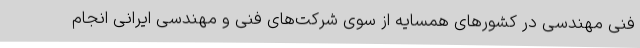
فنی مهندسی در کشورهای همسایه از سوی شرکت‌های فنی و مهندسی ایرانی انجام